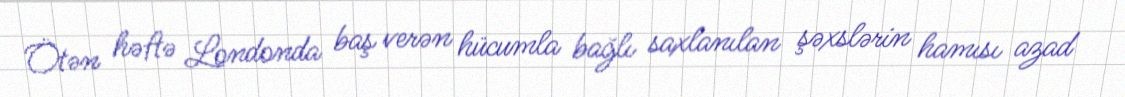
Ötən həftə Londonda baş verən hücumla bağlı saxlanılan şəxslərin hamısı azad